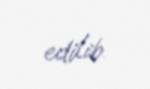
edilib.